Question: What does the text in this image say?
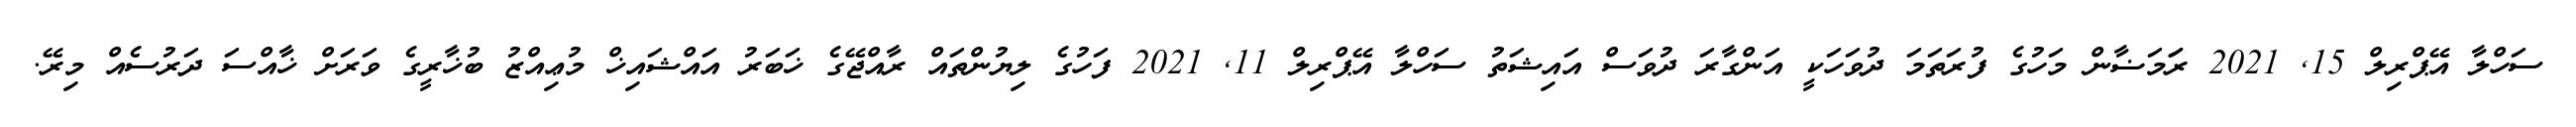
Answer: ސަހްލާ އޭޕްރިލް 15, 2021 ރަަމަޟާން މަހުގެ ފުރަތަމަ ދުވަހަކީ އަންގާރަ ދުވަސް އައިޝަތު ސަހްލާ އޭޕްރިލް 11, 2021 ފަހުގެ ލިޔުންތައް ރާއްޖޭގެ ޚަބަރު އައްޝައިޚް މުޢިއްޒު ބުޚާރީގެ ވަރަށް ޚާއްސަ ދަރުސެއް މިރޭ.